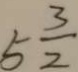
5 \frac { 3 } { 2 }